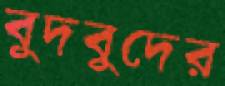
বুদবুদের